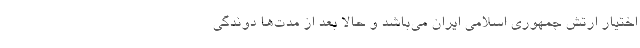
اختیار ارتش جمهوری اسلامی ایران می‌باشد و حالا بعد از مدت‌ها دوندگی